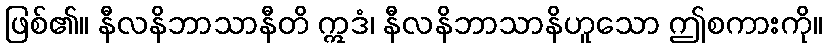
ဖြစ်၏။ နီလနိဘာသာနီတိ ဣဒံ၊ နီလနိဘာသာနိဟူသော ဤစကားကို။